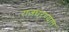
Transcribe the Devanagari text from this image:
राजघरण्यात